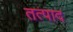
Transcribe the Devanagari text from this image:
तत्पाद